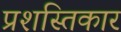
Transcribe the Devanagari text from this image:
प्रशस्तिकार